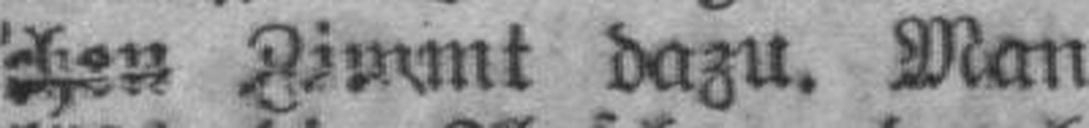
chen Zimmt dazu. Man